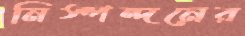
নিস্পন্দনের